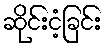
ဆိုင်းငံ့ခြင်း